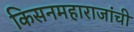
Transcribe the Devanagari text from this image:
किसनमहाराजांची